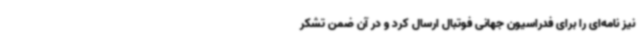
نیز نامه‌ای را برای فدراسیون جهانی فوتبال ارسال کرد و در آن ضمن تشکر